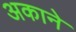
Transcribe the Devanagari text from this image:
अकाने